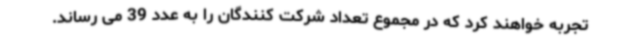
تجربه خواهند کرد که در مجموع تعداد شرکت کنندگان را به عدد 39 می رساند.